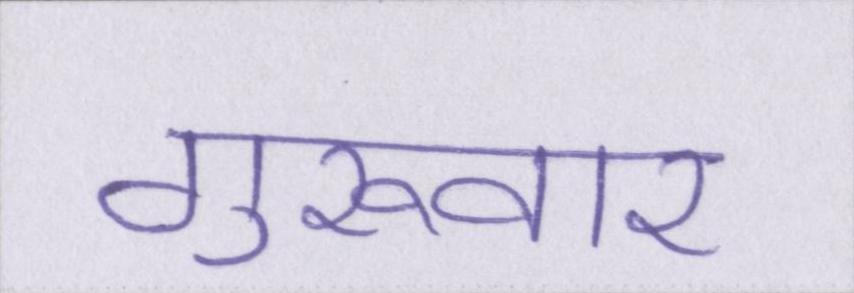
गुरूवार